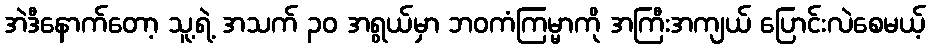
အဲဒီနောက်တော့ သူ့ရဲ့ အသက် ၃၀ အရွယ်မှာ ဘဝကံကြမ္မာကို အကြီးအကျယ် ပြောင်းလဲစေမယ့်